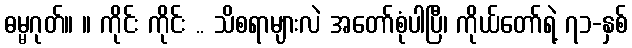
ဓမ္မဂုတ်။ ။ ကိုင်း ကိုင်း .. သိစရာများလဲ အတော်စုံပါပြီ၊ ကိုယ်တော်ရဲ့ ၇၁-နှစ်